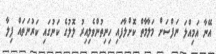
އޭނާ އަމިއްލަ ނަފްސަށް މަލާމާތް ކޮށްލާފައި ހިނިތުންވެލިއިރު ލޮލުގެ ކަނުގައި ކަރުނަތައް ފިލާ